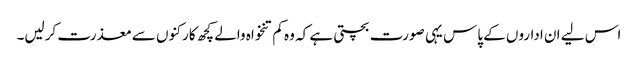
اس لیے ان اداروں کے پاس یہی صورت بچتی ہے کہ وہ کم تنخواہ والے کچھ کارکنوں سے معذرت کرلیں۔